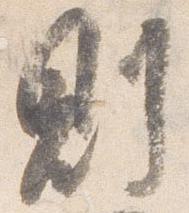
則